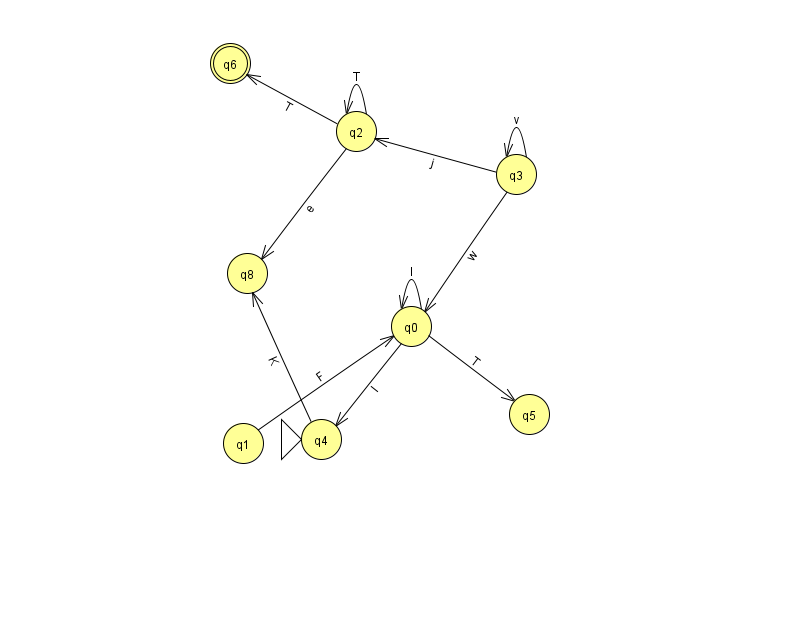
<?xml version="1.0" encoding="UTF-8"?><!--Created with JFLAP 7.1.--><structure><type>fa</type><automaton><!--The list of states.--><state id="0" name="q0"><x>411.0</x><y>313.0</y></state><state id="1" name="q1"><x>243.0</x><y>430.0</y></state><state id="2" name="q2"><x>356.0</x><y>118.0</y></state><state id="3" name="q3"><x>516.0</x><y>161.0</y></state><state id="4" name="q4"><x>321.0</x><y>426.0</y><initial/></state><state id="5" name="q5"><x>529.0</x><y>401.0</y></state><state id="6" name="q6"><x>230.0</x><y>50.0</y><final/></state><state id="8" name="q8"><x>247.0</x><y>260.0</y></state><!--The list of transitions.--><transition><from>3</from><to>2</to><read>j</read></transition><transition><from>1</from><to>0</to><read>F</read></transition><transition><from>2</from><to>2</to><read>T</read></transition><transition><from>2</from><to>6</to><read>T</read></transition><transition><from>3</from><to>3</to><read>v</read></transition><transition><from>3</from><to>0</to><read>w</read></transition><transition><from>0</from><to>0</to><read>I</read></transition><transition><from>2</from><to>8</to><read>e</read></transition><transition><from>0</from><to>4</to><read>l</read></transition><transition><from>4</from><to>8</to><read>K</read></transition><transition><from>0</from><to>5</to><read>T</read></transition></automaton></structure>